Report of the Indian Hemp Drugs Commission, 1894-1895 - Volume IV
Year: 1894
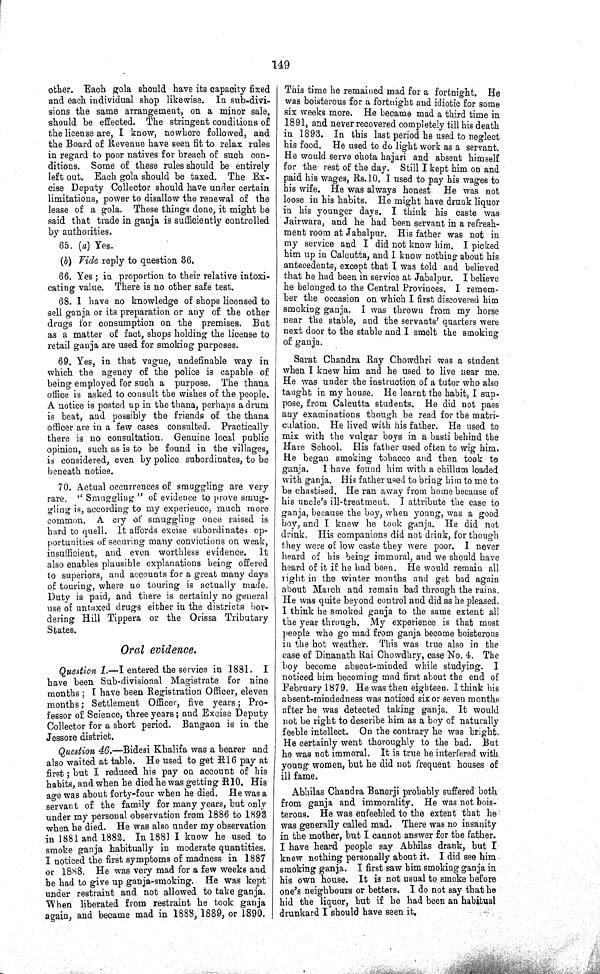
149
other. Each gola should have its capacity fixed
and each individual shop likewise. In sub-divi¬
sions the same arrangement, on a minor sale,
should be effected. The stringent conditions of
the license are, I know, nowhere followed, and
the Board of Revenue have seen fit to relax rules
in regard to poor natives for breach of such con¬
ditions. Some of these rules should be entirely
left out. Each gola should be taxed. The Ex¬
cise Deputy Collector should have under certain
limitations, power to disallow the renewal of the
lease of a gola. These things done, it might be
said that trade in ganja is sufficiently controlled
by authorities.
65. (a) Yes.
(b) Vide reply to question 36.
66. Yes; in proportion to their relative intoxi¬
cating value. There is no other safe test.
68. I have no knowledge of shops licensed to
sell ganja or its preparation or any of the other
drugs for consumption on the premises. But
as a matter of fact, shops holding the license to
retail ganja are used for smoking purposes.
69. Yes, in that vague, undefinable way in
which the agency of the police is capable of
being employed for such a purpose. The thana
office is asked to consult the wishes of the people.
A notice is posted up in the thana, perhaps a drum
is beat, and possibly the friends of the thana
officer are in a few cases consulted. Practically
there is no consultation. Genuine local public
opinion, such as is to be found in the villages,
is considered, even by police subordinates, to be
beneath notice.
70. Actual occurrences of smuggling are very
rare. " Smuggling " of evidence to prove smug¬
gling is, according to my experience, much more
common. A cry of smuggling once raised is
hard to quell. It affords excise subordinates op¬
portunities of securing many convictions on weak,
insufficient, and even worthless evidence. It
also enables plausible explanations being offered
to superiors, and accounts for a great many days
of touring, where no touring is actually made.
Duty is paid, and there is certainly no general
use of untaxed drugs either in the districts bor¬
dering Hill Tippera or the Orissa Tributary
States.
Oral evidence.
Question 1.—I entered the service in 1881. I
have been Sub-divisional Magistrate for nine
months; I have been Registration Officer, eleven
months; Settlement Officer, five years; Pro¬
fessor of Science, three years; and Excise Deputy
Collector for a short period. Bangaon is in the
Jessore district.
Question 46.—Bidesi Khalifa was a bearer and
also waited at table. He used to get R16 pay at
first; but I reduced his pay on account of his
habits, and when he died he was getting R10. His
age was about forty-four when he died. He was a
servant of the family for many years, but only
under my personal observation from 1886 to 1893
when he died. He was also under my observation
in 1881 and 1882. In 1881 I know he used to
smoke ganja habitually in moderate quantities.
I noticed the first symptoms of madness in 1887
or 1888. He was very mad for a few weeks and
he had to give up ganja-smoking. He was kept
under restraint and not allowed to take ganja.
When liberated from restraint he took ganja
again, and became mad in 1888, 1889, or 1890.
This time he remained mad for a fortnight. He
was boisterous for a fortnight and idiotic for some
six weeks more. He became mad a third time in
1891, and never recovered completely till his death
in 1893. In this last period he used to neglect
his food. He used to do light work as a servant.
He would serve chota hajari and absent himself
for the rest of the day. Still I kept him on and
paid his wages, Rs.10. I used to pay his wages to
his wife. He was always honest. He was not
loose in his habits. He might have drunk liquor
in his younger days. I think his caste was
Jairwara, and he had been servant in a refresh¬
ment room at Jabalpur. His father was not in
my service and I did not know him. I picked
him up in Calcutta, and I know nothing about his
antecedents, except that I was told and believed
that he had been in service at Jabalpur. I believe
he belonged to the Central Provinces. I remem¬
ber the occasion on which I first discovered him
smoking ganja. I was thrown from my horse
near the stable, and the servants' quarters were
next door to the stable and I smelt the smoking
of ganja.
Sarat Chandra Ray Chowdhri was a student
when I knew him and he used to live near me.
He was under the instruction of a tutor who also
taught in my house. He learnt the habit, I sup¬
pose, from Calcutta students. He did not pass
any examinations though be read for the matri¬
culation. He lived with his father. He used to
mix with the vulgar boys in a basti behind the
Hare School. His father used often to wig him.
He began smoking tobacco and then took to
ganja. I have found him with a chillum loaded
with ganja. His father used to bring him to me to
be chastised. He ran away from home because of
his uncle's ill-treatment. I attribute the case to
ganja, because the boy, when young, was a good
boy, and I knew he took ganja. He did not
drink. His companions did not drink, for though
they were of low caste they were poor. I never
heard of his being immoral, and we should have
heard of it if he had been. He would remain all
right in the winter months and get bad again
about March and remain bad through the rains.
He was quite beyond control and did as he pleased.
I think he smoked ganja to the same extent all
the year through. My experience is that most
people who go mad from ganja become boisterous
in the hot weather. This was true also in the
case of Dinanath Rai Chowdhry, case No. 4. The
boy become absent-minded while studying. I
noticed him becoming mad first about the end of
February 1879. He was then eighteen. I think his
absent-mindedness was noticed six or seven months
after he was detected taking ganja. It would
not be right to describe him as a boy of naturally
feeble intellect. On the contrary he was bright.
He certainly went thoroughly to the bad. But
he was not immoral. It is true he interfered with
young women, but he did not frequent houses of
ill fame.
Abbilas Chandra Banerji probably suffered both
from ganja and immorality. He was not bois¬
terous. He was enfeebled to the extent that he
was generally called mad. There was no insanity
in the mother, but I cannot answer for the father.
I have heard people say Abhilas drank, but I
knew nothing personally about it. I did see him
smoking ganja. I first saw him smoking ganja in
his own house. It is not usual to smoke before
one's neighbours or betters. I do not say that he
hid the liquor, but if he had been an habitual
drunkard I should have seen it.